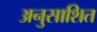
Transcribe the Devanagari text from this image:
अनुसाशित